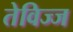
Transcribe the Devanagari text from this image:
तेविज्ज